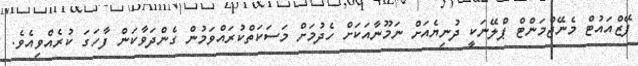
ފޭޒްއައުޓް މެނޭޖްމަންޓް ޕްލޭނަކީ ދުނިޔެއަށް ނަމޫނާއަކަށް ހެދުމަށް މަސަކަތްކުރައްވަމުން ގެންދަވާކަން ފާހަގަ ކުރެއްވިއެވެ.